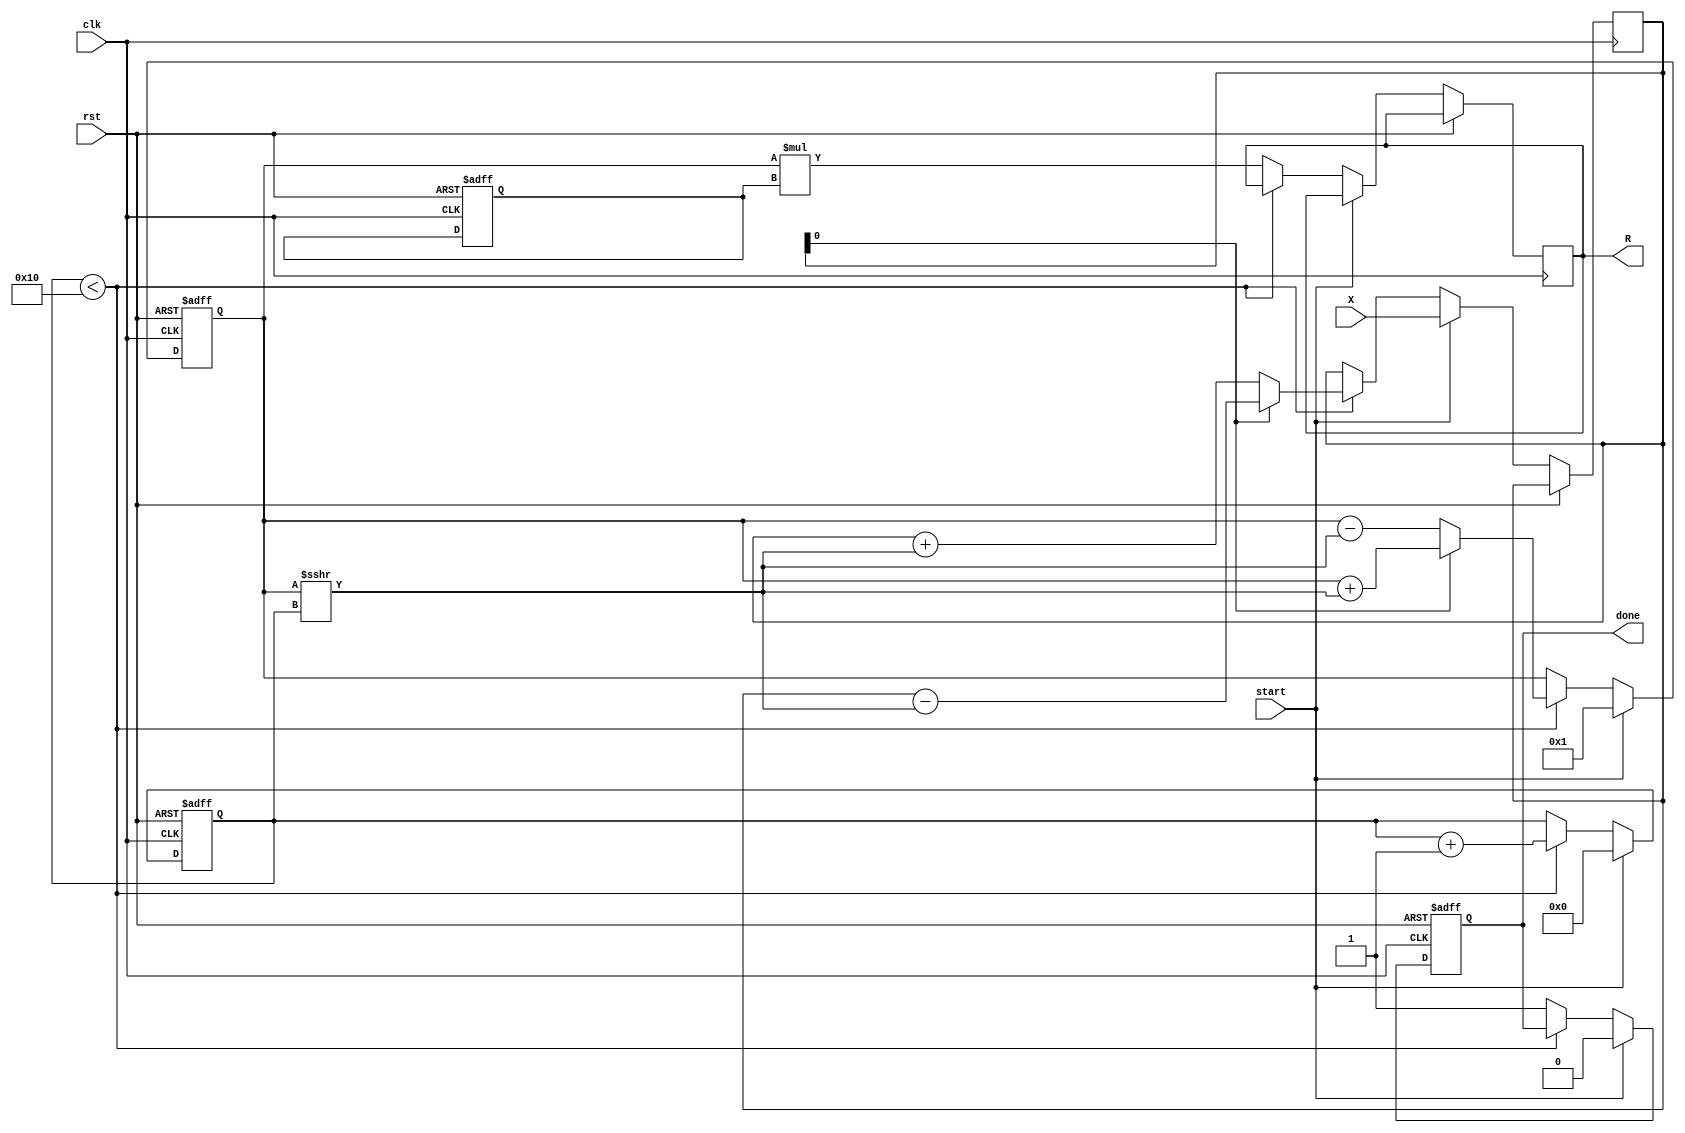
module cordic_reciprocal #(
    parameter N = 16, // Width of input X
    parameter M = 16, // Width of output R
    parameter ITERATIONS = 16 // Number of iterations for CORDIC
)(
    input wire clk,
    input wire rst,
    input wire start,
    input wire [N-1:0] X, // Input value for which the reciprocal is computed
    output reg [M-1:0] R, // Output reciprocal
    output reg done // Status signal indicating completion
);

    // Internal registers
    reg [N-1:0] x_curr; // Current value of X
    reg [M-1:0] r_curr; // Current estimate of reciprocal
    reg [4:0] iteration; // Iteration counter
    reg [M-1:0] scaling_factor; // Scaling factor for the output

    // CORDIC angles (in fixed-point representation)
    reg [N-1:0] angles [0:ITERATIONS-1];
    initial begin
        // Initialize CORDIC angles (in radians, scaled appropriately)
        angles[0] = 16'h26DD; // atan(2^-0)
        angles[1] = 16'h1C71; // atan(2^-1)
        angles[2] = 16'h14AE; // atan(2^-2)
        angles[3] = 16'h0F32; // atan(2^-3)
        angles[4] = 16'h07E4; // atan(2^-4)
        angles[5] = 16'h03E8; // atan(2^-5)
        angles[6] = 16'h01FB; // atan(2^-6)
        angles[7] = 16'h00FF; // atan(2^-7)
        angles[8] = 16'h007F; // atan(2^-8)
        angles[9] = 16'h003F; // atan(2^-9)
        angles[10] = 16'h001F; // atan(2^-10)
        angles[11] = 16'h000F; // atan(2^-11)
        angles[12] = 16'h0007; // atan(2^-12)
        angles[13] = 16'h0003; // atan(2^-13)
        angles[14] = 16'h0001; // atan(2^-14)
        angles[15] = 16'h0000; // atan(2^-15)
    end

    // State machine for CORDIC computation
    always @(posedge clk or posedge rst) begin
        if (rst) begin
            iteration <= 0;
            r_curr <= 0;
            done <= 0;
            scaling_factor <= 16'h1; // Initial scaling factor
        end else if (start) begin
            // Initialize values for computation
            x_curr <= X;
            r_curr <= 16'h1; // Initial estimate for 1/X
            iteration <= 0;
            done <= 0;
        end else if (iteration < ITERATIONS) begin
            // CORDIC iteration
            if (x_curr[0] == 1'b1) begin
                // Rotate clockwise
                r_curr <= r_curr + (r_curr >>> iteration);
                x_curr <= x_curr - (r_curr >>> iteration);
            end else begin
                // Rotate counter-clockwise
                r_curr <= r_curr - (r_curr >>> iteration);
                x_curr <= x_curr + (r_curr >>> iteration);
            end
            iteration <= iteration + 1;
        end else begin
            // Final scaling
            R <= r_curr * scaling_factor; // Scale the result
            done <= 1; // Indicate completion
        end
    end

endmodule